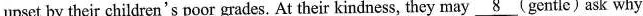
upset by their children's poor grades. At their kindness, they may \underline{8} (gentle) ask why